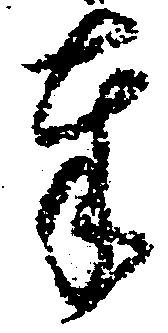
奉